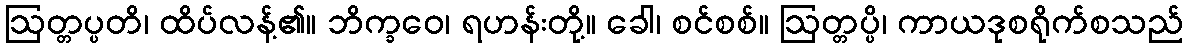
ဩတ္တပ္ပတိ၊ ထိပ်လန့်၏။ ဘိက္ခဝေ၊ ရဟန်းတို့။ ခေါ၊ စင်စစ်။ ဩတ္တပ္ပိ၊ ကာယဒုစရိုက်စသည်